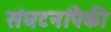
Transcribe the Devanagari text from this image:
संघटनांपैकी